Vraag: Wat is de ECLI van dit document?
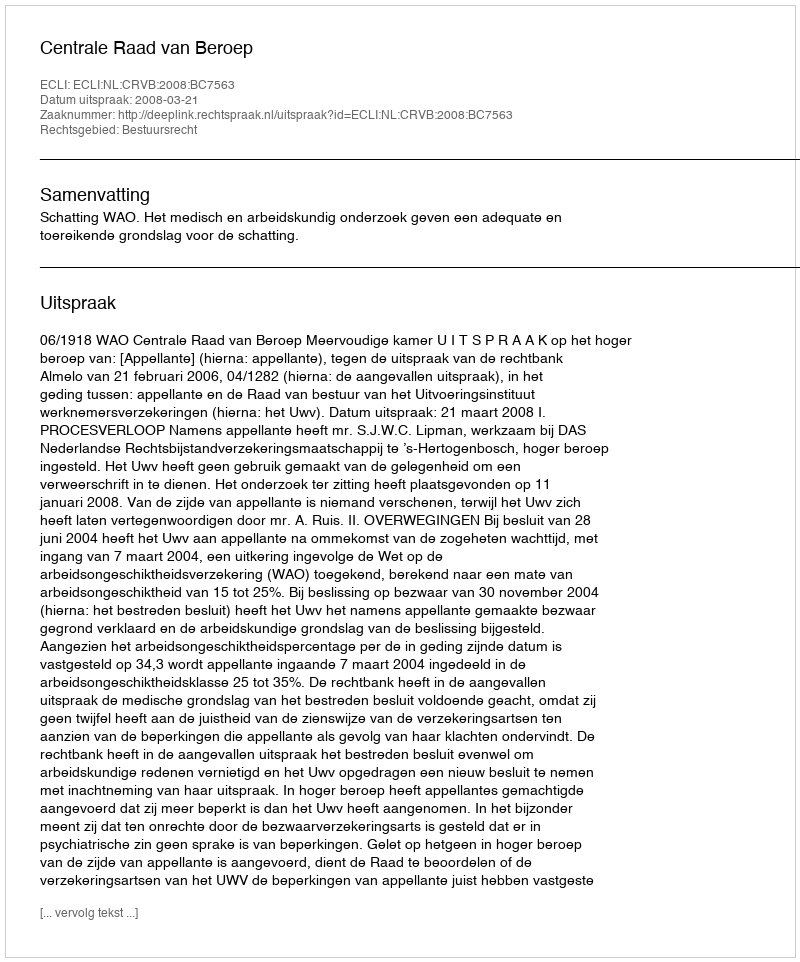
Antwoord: ECLI:NL:CRVB:2008:BC7563